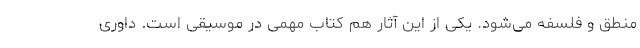
منطق و فلسفه می‌شود. یکی از این آثار هم کتاب مهمی در موسیقی است. داوری